Civil Veterinary Department. Madras. Admin. report 1926-33 - 1926-1933
Year: 1926
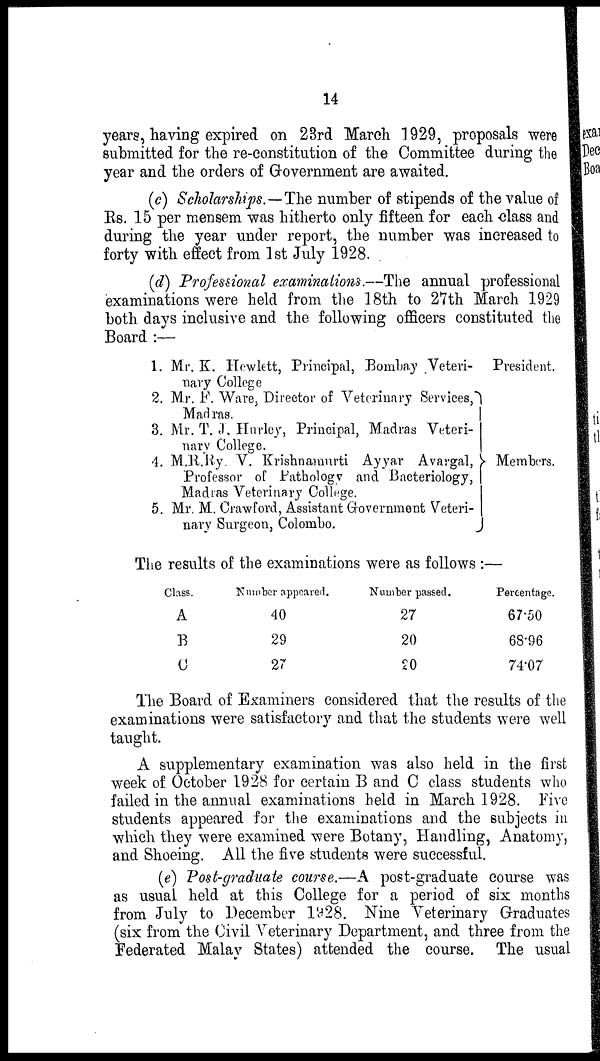
14
years, having expired on 23rd March 1929, proposals were
submitted for the re-constitution of the Committee during the
year and the orders of Government are awaited.
(c) Scholarships.—The number of stipends of the value of
Rs. 15 per mensem was hitherto only fifteen for each class and
during the year under report, the number was increased to
forty with effect from 1st July 1928
(d) Professional examinations.--The annual professional
examinations were held from the 18th to 27th March 1929
both days inclusive and the following officers constituted the
Board :—
1.
2.
3.
4.
5.
Mr. K. Hewlett, Principal, Bombay Veteri-
nary College
Mr. F. Ware, Director of Veterinary Services,
Madras.
Mr. T. J. Hurley, Principal, Madras Veteri-
nary College.
M.R.Ry. V. Krishnamurti Ayyar Avargal,
Professor of Pathology and Bacteriology,
Madras Veterinary College.
Mr. M. Crawford, Assistant Government Veteri-
nary Surgeon, Colombo.
President.
Members.
The results of the examinations were as follows :—
Class.
A
B
C
Number appeared.
40
29
27
Number passed.
27
20
20
Percentage.
67.50
68.96
74.07
The Board of Examiners considered that the results of the
examinations were satisfactory and that the students were well
taught.
A supplementary examination was also held in the first
week of October 1928 for certain B and C class students who
failed in the annual examinations held in March 1928. Five
students appeared for the examinations and the subjects in
which they were examined were Botany, Handling, Anatomy,
and Shoeing. All the five students were successful.
(e) Post-graduate course.—A post-graduate course was
as usual held at this College for a period of six months
from July to December 1928. Nine Veterinary Graduates
(six from the Civil Veterinary Department, and three from the
Federated Malay States) attended the course. The usual